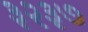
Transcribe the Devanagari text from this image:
३२३७